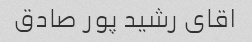
اقای رشید پور صادق